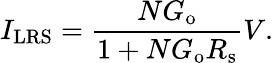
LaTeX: I_{\mathrm{LRS}}=\frac{NG_{\mathrm{o}}}{1+NG_{\mathrm{o}}R_{\mathrm{s}}}V.